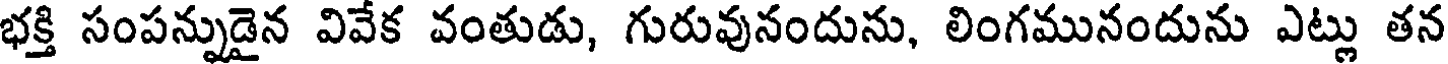
భక్తి సంపన్నుడైన వివేక వంతుడు, గురువునందును, లింగమునందును ఎట్లు తన